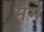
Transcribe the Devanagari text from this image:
मर्मे